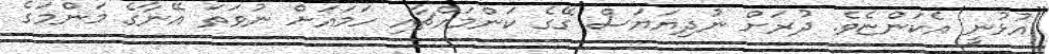
އުޅުނީ އެކަންޏެވެ. ދުރަށް ނުދިޔަޔަސް ގޭގެ ކަންމައްޗާއި ހަމައަށް ނުވަތަ އޭނާގެ މަންމަގެ